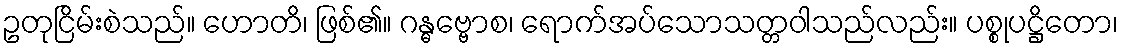
ဥတုငြိမ်းစဲသည်။ ဟောတိ၊ ဖြစ်၏။ ဂန္ဓဗ္ဗောစ၊ ရောက်အပ်သောသတ္တဝါသည်လည်း။ ပစ္စုပဋ္ဌိတော၊